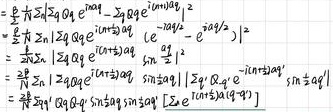
\(
\begin{align*}
&=\frac{1}{2}\sum_{k}2\sigma_{k}Q_{k}e^{j\omega t}-2\sigma_{k}Q_{k}e^{j(\omega t+\alpha_{k})}|^{2}\\
&=\frac{1}{2}\sum_{k}2\sigma_{k}Q_{k}e^{j(\omega t+\alpha_{k})}(e^{-j\alpha_{k}} - e^{j\alpha_{k}})|^{2}\\
&=\frac{1}{2}\sum_{k}|2\sigma_{k}Q_{k}e^{j(\omega t+\alpha_{k})}\sin\alpha_{k}|^{2}\\
&=\frac{\pi^{2}}{2}\sum_{k}|2\sigma_{k}Q_{k}e^{j(\omega t+\alpha_{k})}\sin\alpha_{k}\sin[\omega_{c}(\tau_{k}+x/c)]\sin\alpha_{k}|^{2}
\end{align*}
\)